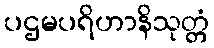
ပဌမပရိဟာနိသုတ္တံ